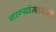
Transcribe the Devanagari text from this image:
गाण्यांमध्येही